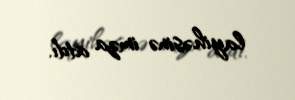
layihəsinə imza atdı.